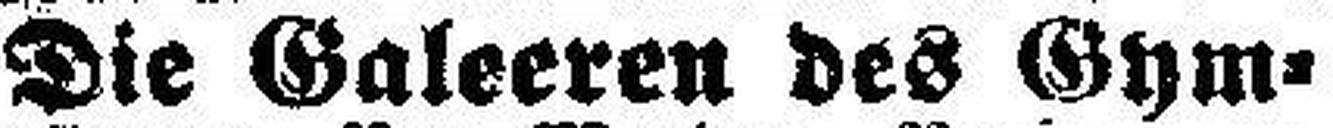
Die Galeeren des Gym¬